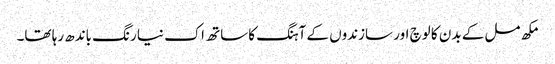
مکھ مل کے بدن کا لوچ اور سازندوں کے آہنگ کا ساتھ اک نیا رنگ باندھ رہا تھا۔